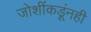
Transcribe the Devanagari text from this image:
जोशींकडूंनही